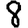
Digit: 8